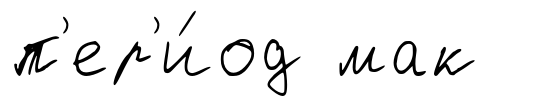
п'ер'и́од мак